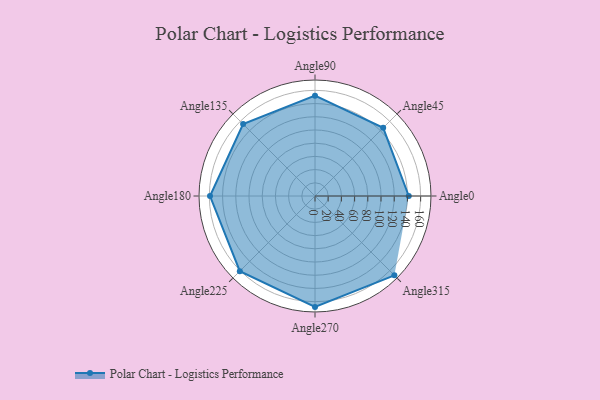
{"axis": {"x": "Angle", "y": "Radius"}, "legend": [""], "data": [{"x": "Angle0", "y": 142.0, "type": ""}, {"x": "Angle45", "y": 146.0, "type": ""}, {"x": "Angle90", "y": 152.0, "type": ""}, {"x": "Angle135", "y": 154.0, "type": ""}, {"x": "Angle180", "y": 159.0, "type": ""}, {"x": "Angle225", "y": 161.0, "type": ""}, {"x": "Angle270", "y": 168.0, "type": ""}, {"x": "Angle315", "y": 170, "type": ""}]}